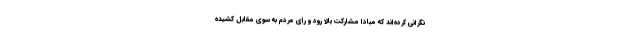
نگرانی کرده‌اند که مبادا مشارکت بالا رود و رأی مردم به سوی مقابل کشیده